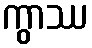
ကွာဿ